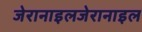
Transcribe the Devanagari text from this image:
जेरानाइलजेरानाइल